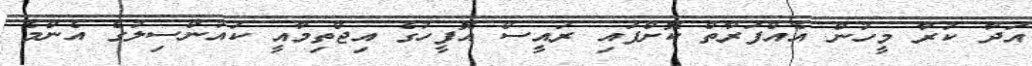
އަދާ ކުރާ މީހުން އެއްފަރާތް ކޮށްފައި ރައީސް އޮފީހުގެ އިޖްތިމާއީ ކައުންސިލުގެ އެންމެ